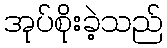
အုပ်စိုးခဲ့သည်